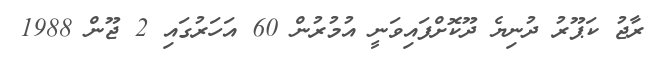
ރާޖު ކަޕޫރު ދުނިޔެ ދޫކޮށްފައިވަނީ އުމުރުން 60 އަހަރުގައި 2 ޖޫން 1988